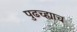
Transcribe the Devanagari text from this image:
पुढच्ह्याच